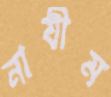
নাযীম